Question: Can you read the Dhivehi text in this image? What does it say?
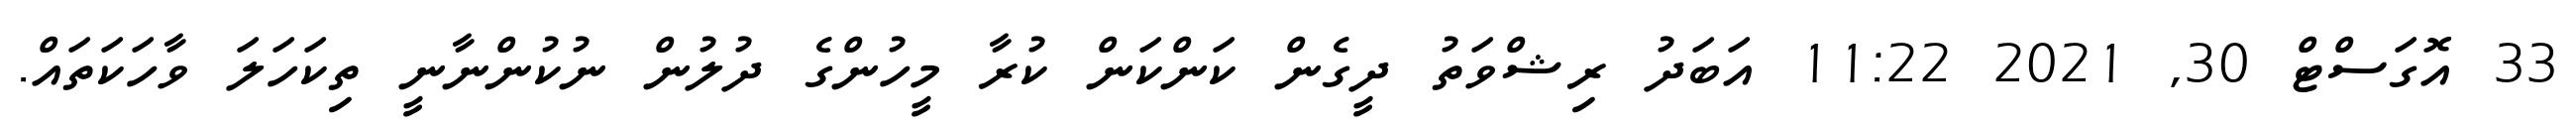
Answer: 33 އޮގަސްޓް 30, 2021 11:22 އަބަދު ރިޝްވަތު ދީގެން ކަންކަން ކުރާ މީހުންގެ ދުލުން ނުކުންނާނީ ތިކަހަލަ ވާހަކަތައް.